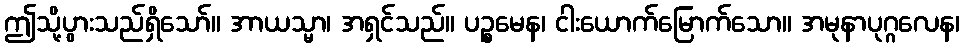
ဤသို့ပွားသည်ရှိသော်။ အာယသ္မာ၊ အရှင်သည်။ ပဉ္စမေန၊ ငါးယောက်မြောက်သော။ အမုနာပုဂ္ဂလေန၊